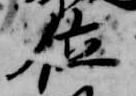
位